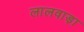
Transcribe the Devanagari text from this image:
लालवाड़ा